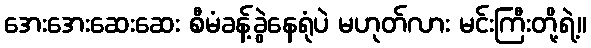
အေးအေးဆေးဆေး စီမံခန့်ခွဲနေရုံပဲ မဟုတ်လား မင်းကြီးတို့ရဲ့။